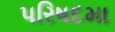
પરિષદમા